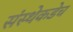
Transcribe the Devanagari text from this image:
संस्थेकडेच